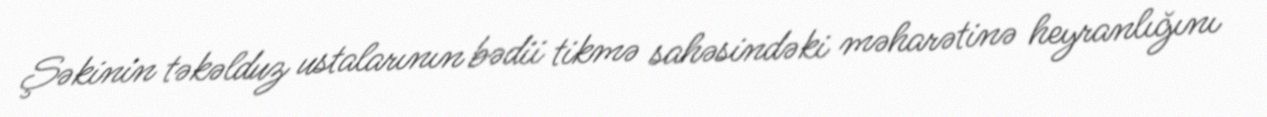
Şəkinin təkəlduz ustalarının bədii tikmə sahəsindəki məharətinə heyranlığını